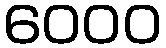
6000